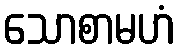
သောစာမဟံ